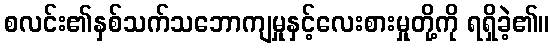
စလင်း၏နှစ်သက်သဘောကျမှုနှင့်လေးစားမှုတို့ကို ရရှိခဲ့၏။